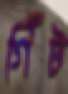
গিঁট